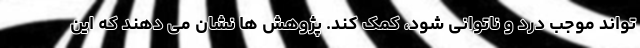
تواند موجب درد و ناتوانی شود، کمک کند. پژوهش ها نشان می دهند که این